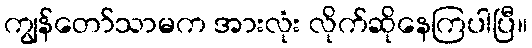
ကျွန်တော်သာမက အားလုံး လိုက်ဆိုနေကြပါပြီ။